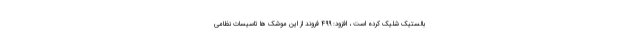
بالستیک شلیک کرده است ، افزود: ۴۹۹ فروند از این موشک ها تاسیسات نظامی